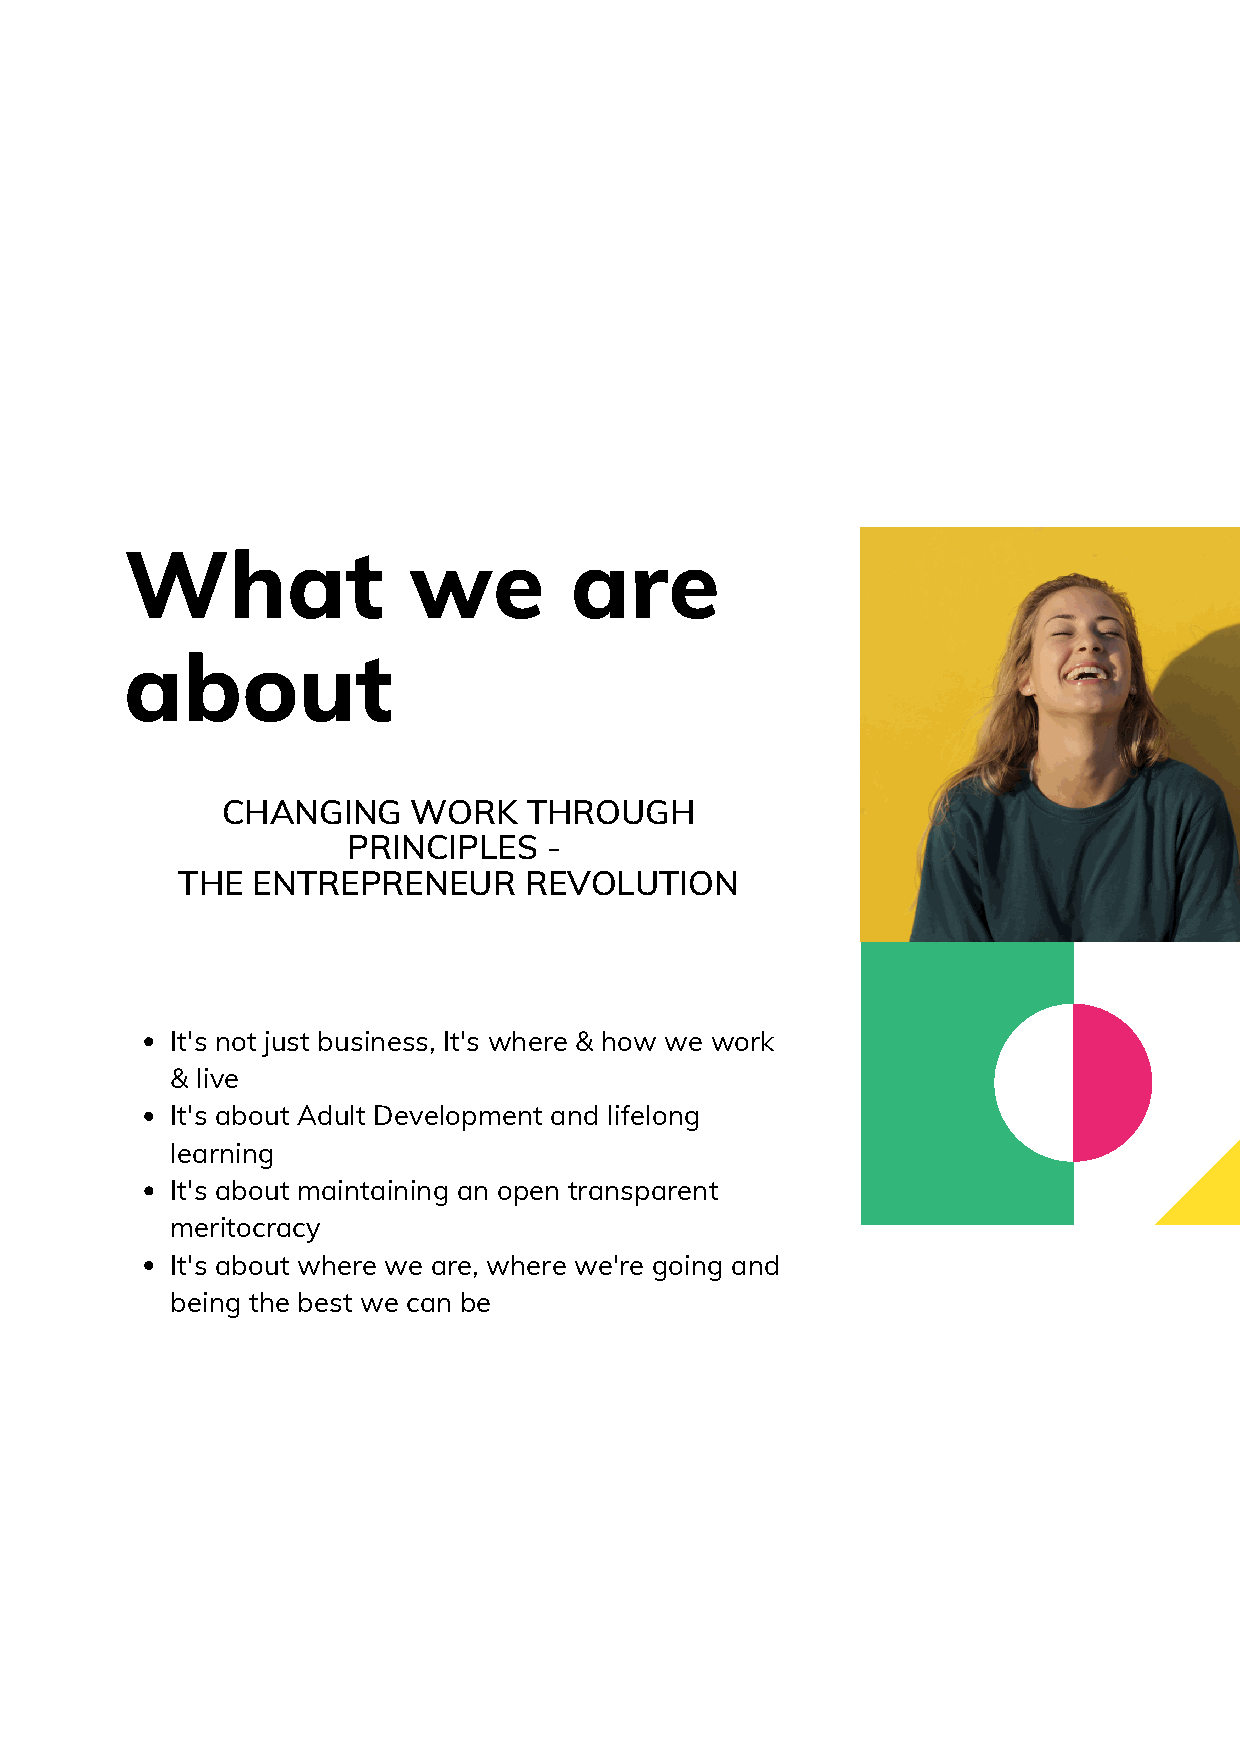
What               we         are
 about
 CHANGING    WORK    THROUGH
 PRINCIPLES   -
 THE  ENTREPRENEUR      REVOLUTION
 It's not just business, It's where & how we work
 & live
 It's about Adult Development and lifelong
 learning
 It's about maintaining an open transparent
 meritocracy
 It's about where we are, where we're going and
 being the best we can be